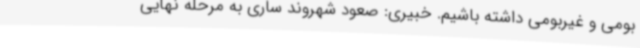
بومی و غیربومی داشته باشیم. خبیری: صعود شهروند ساری به مرحله نهایی